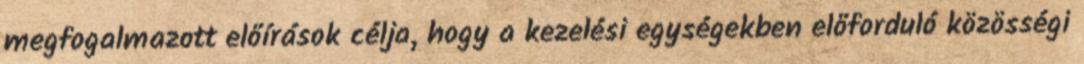
megfogalmazott előírások célja, hogy a kezelési egységekben előforduló közösségi